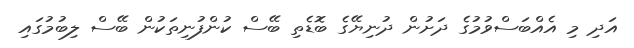
އަދި މި އެއްބަސްވުމުގެ ދަށުން ދުނިޔޭގެ ބޮޑެތި ބޭސް ކުންފުނިތަކުން ބޭސް ލިބުމުގައި